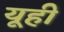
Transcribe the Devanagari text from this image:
यूही